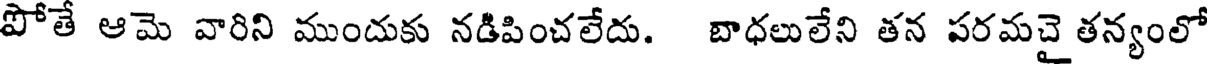
పోతే ఆమె వారిని ముందుకు నడిపించలేదు. బాధలులేని తన పరమచై తన్యంలో